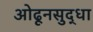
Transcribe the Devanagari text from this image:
ओढूनसुद्धा